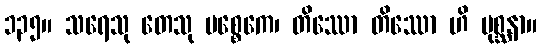
၁၃၅။ သရေသု တေသု ပစ္စေကေ၊ တိဿော တိဿော ဟိ မုစ္ဆနာ။